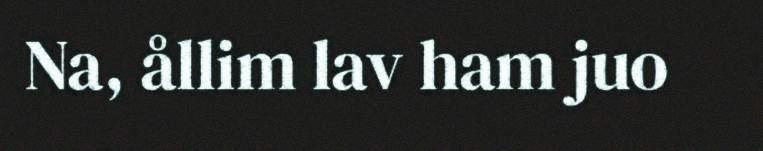
Na, ållim lav ham juo